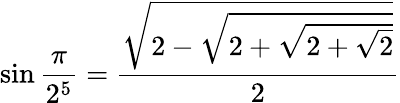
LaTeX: \sin{\frac{\pi}{2^{5}}}={\frac{\sqrt{2-{\sqrt{2+{\sqrt{2+{\sqrt{2}}}}}}}}{2}}